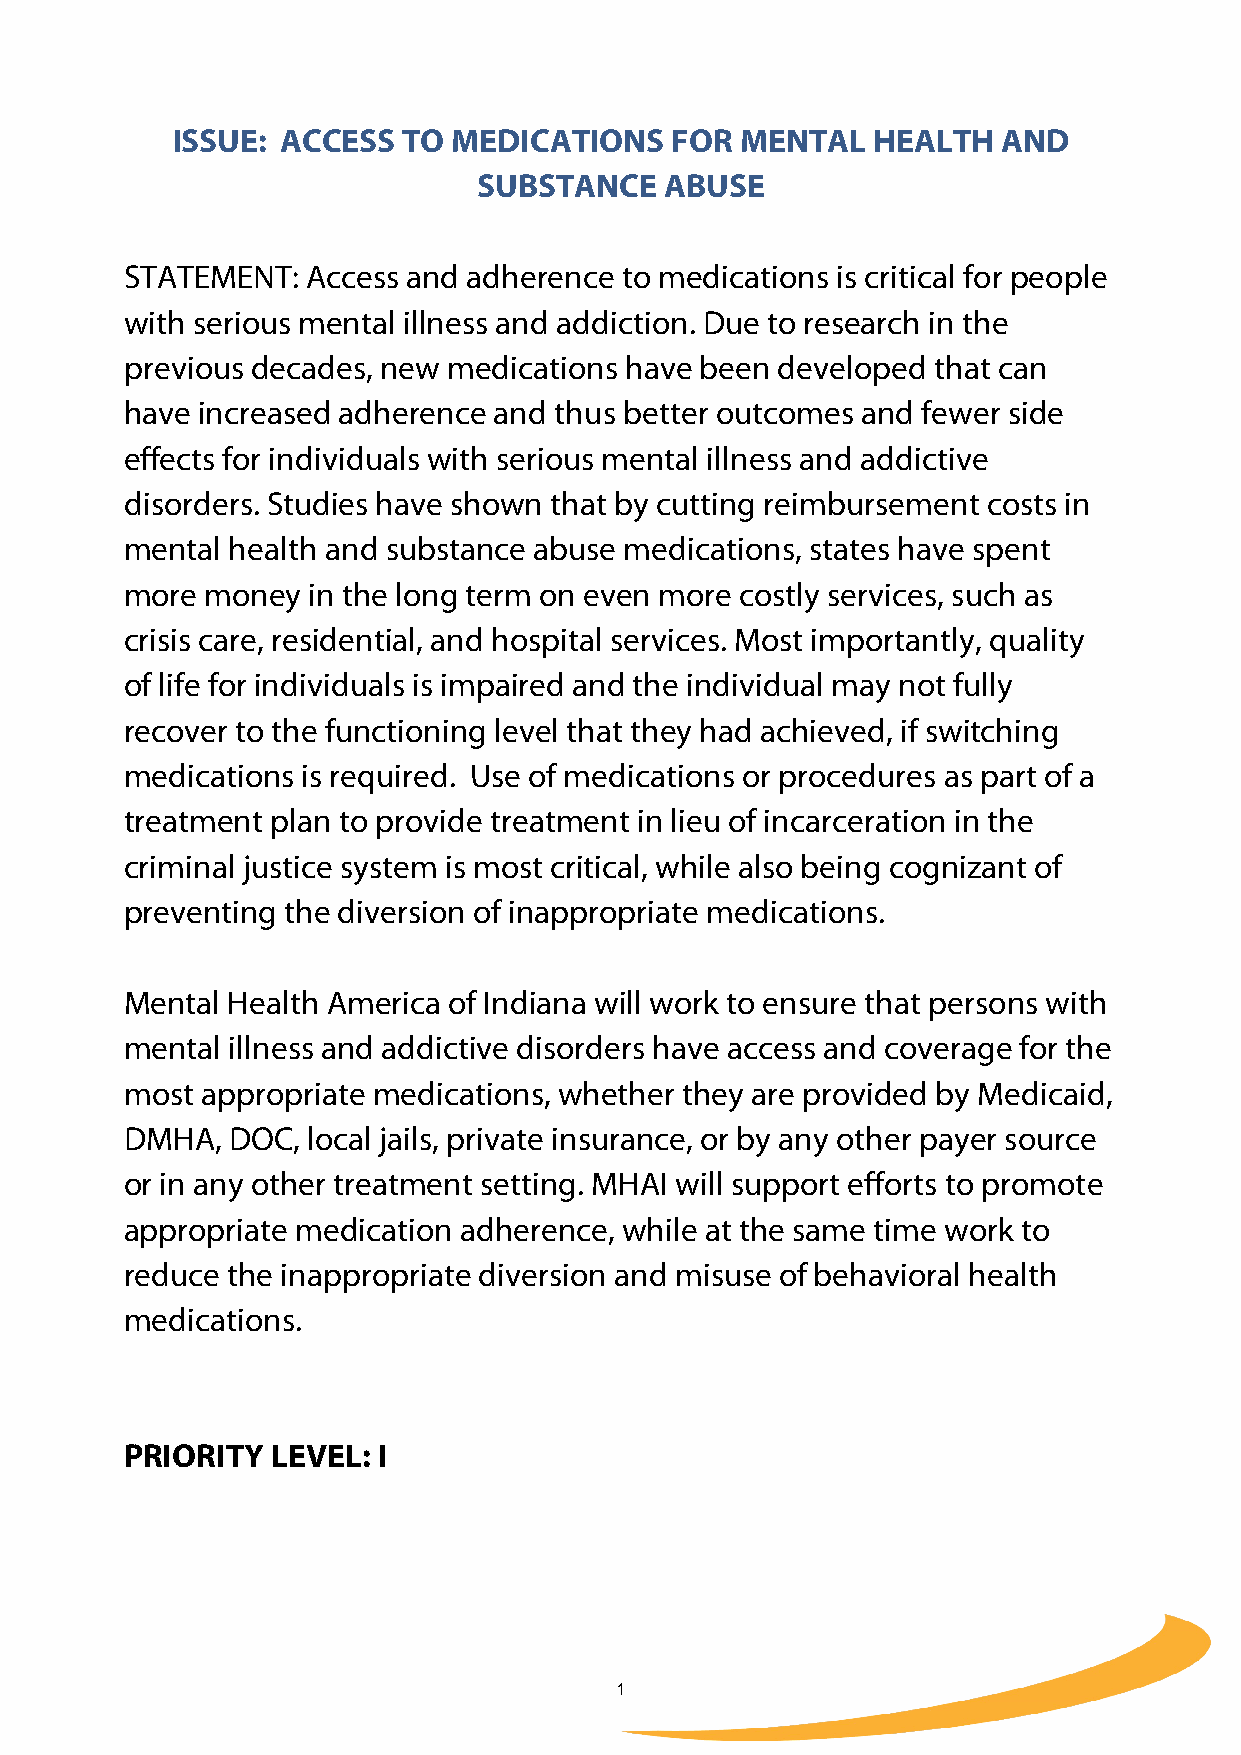
ISSUE:  ACCESS  TO MEDICATIONS   FOR  MENTAL   HEALTH  AND
 SUBSTANCE   ABUSE
 STATEMENT:  Access and adherence to medications is critical for people
 with serious mental illness and addiction. Due to research in the
 previous decades, new medications have been developed that can
 have increased adherence and thus better outcomes and fewer side
 effects for individuals with serious mental illness and addictive
 disorders. Studies have shown that by cutting reimbursement costs in
 mental health and substance abuse medications, states have spent
 more  money in the long term on even more costly services, such as
 crisis care, residential, and hospital services. Most importantly, quality
 of life for individuals is impaired and the individual may not fully
 recover to the functioning level that they had achieved, if switching
 medications is required. Use of medications or procedures as part of a
 treatment plan to provide treatment in lieu of incarceration in the
 criminal justice system is most critical, while also being cognizant of
 preventing the diversion of inappropriate medications.
 Mental Health America of Indiana will work to ensure that persons with
 mental illness and addictive disorders have access and coverage for the
 most appropriate medications, whether they are provided by Medicaid,
 DMHA,  DOC, local jails, private insurance, or by any other payer source
 or in any other treatment setting. MHAI will support efforts to promote
 appropriate medication adherence, while at the same time work to
 reduce the inappropriate diversion and misuse of behavioral health
 medications.
 PRIORITY  LEVEL: I
 1